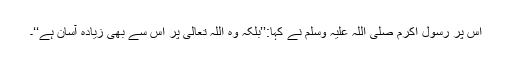
اس پر رسول اکرم صلی اللہ علیہ وسلم نے کہا:’’بلکہ وہ اللہ تعالیٰ پر اس سے بھی زیادہ آسان ہے‘‘۔